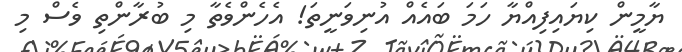
ޔާމީން ކިޔައިފިއްޔާ ހަމަ ބައެއް އުނިވަނީތަ! އެހެންވެތާ މި ބުރާންތި ވެސް މި